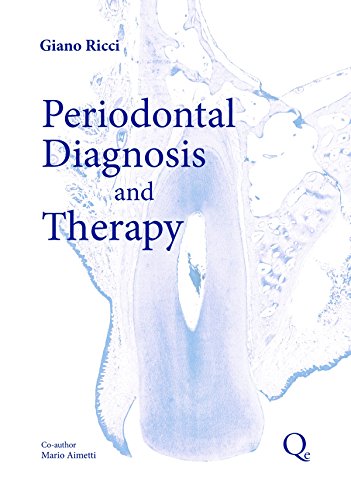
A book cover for Periodontal Diagnosis and Therapy; Giano Ricci; Medical Books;